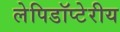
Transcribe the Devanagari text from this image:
लेपिडॉप्टेरीय